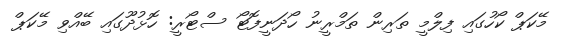
މޭކަޕް ކޯހުގައި ފިލްމީ ތަރިން ތަމްރީނު ހޯދަނީފޮޓޯ ސްޓޯރީ: ހޮޅުދޫގައި ބޭއްވި މޭކަޕް